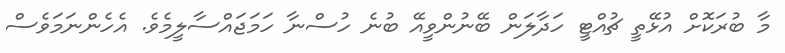
މާ ބުރަކޮށް އުޅޭތީ ޗުއްޓީ ހަދާލަން ބޭނުންވީއޭ ބުނެ ހުސްނާ ހަމަޖައްސާލީމެވެ. އެހެންނަމަވެސް